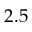
2 . 5